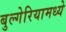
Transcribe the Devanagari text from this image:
बुल्गेरियामध्ये